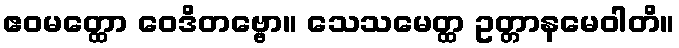
ဧဝမတ္ထော ဝေဒိတဗ္ဗော။ သေသမေတ္ထ ဥတ္တာနမေဝါတိ။